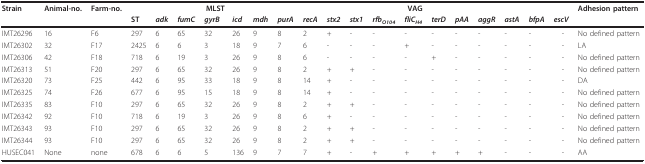
<table><thead><tr><td><b>Strain</b></td><td><b>Animal-no.</b></td><td><b>Farm-no.</b></td><td></td><td></td><td></td><td><b>MLST</b></td><td></td><td></td><td></td><td></td><td></td><td></td><td></td><td><b>VAG</b></td><td></td><td></td><td></td><td></td><td></td><td></td><td><b>Adhesion pattern</b></td></tr><tr><td></td><td></td><td></td><td><b>ST</b></td><td><b><i>adk</i></b></td><td><b><i>fumC</i></b></td><td><b><i>gyrB</i></b></td><td><b><i>icd</i></b></td><td><b><i>mdh</i></b></td><td><b><i>purA</i></b></td><td><b><i>recA</i></b></td><td><b><i>stx2</i></b></td><td><b><i>stx1</i></b></td><td><b><i>rfb<sub>O104</sub></i></b></td><td><b><i>fliC<sub>H4</sub></i></b></td><td><b><i>terD</i></b></td><td><b><i>pAA</i></b></td><td><b><i>aggR</i></b></td><td><b><i>astA</i></b></td><td><b><i>bfpA</i></b></td><td><b><i>escV</i></b></td><td></td></tr></thead><tbody><tr><td>IMT26296</td><td>16</td><td>F6</td><td>297</td><td>6</td><td>65</td><td>32</td><td>26</td><td>9</td><td>8</td><td>2</td><td>+</td><td>-</td><td>-</td><td>-</td><td>-</td><td>-</td><td>-</td><td>-</td><td>-</td><td>-</td><td>No defined pattern</td></tr><tr><td>IMT26302</td><td>32</td><td>F17</td><td>2425</td><td>6</td><td>6</td><td>3</td><td>18</td><td>9</td><td>7</td><td>6</td><td>-</td><td>-</td><td>-</td><td>+</td><td>-</td><td>-</td><td>-</td><td>-</td><td>-</td><td>-</td><td>LA</td></tr><tr><td>IMT26306</td><td>42</td><td>F18</td><td>718</td><td>6</td><td>19</td><td>3</td><td>26</td><td>9</td><td>8</td><td>6</td><td>-</td><td>-</td><td>-</td><td>-</td><td>+</td><td>-</td><td>-</td><td>-</td><td>-</td><td>-</td><td>No defined pattern</td></tr><tr><td>IMT26313</td><td>51</td><td>F20</td><td>297</td><td>6</td><td>65</td><td>32</td><td>26</td><td>9</td><td>8</td><td>2</td><td>+</td><td>+</td><td>-</td><td>-</td><td>-</td><td>-</td><td>-</td><td>-</td><td>-</td><td>-</td><td>No defined pattern</td></tr><tr><td>IMT26320</td><td>73</td><td>F25</td><td>442</td><td>6</td><td>95</td><td>33</td><td>18</td><td>9</td><td>8</td><td>14</td><td>+</td><td>-</td><td>-</td><td>-</td><td>-</td><td>-</td><td>-</td><td>-</td><td>-</td><td>-</td><td>DA</td></tr><tr><td>IMT26325</td><td>74</td><td>F26</td><td>677</td><td>6</td><td>95</td><td>15</td><td>18</td><td>9</td><td>8</td><td>14</td><td>+</td><td>-</td><td>-</td><td>-</td><td>-</td><td>-</td><td>-</td><td>-</td><td>-</td><td>-</td><td>No defined pattern</td></tr><tr><td>IMT26335</td><td>83</td><td>F10</td><td>297</td><td>6</td><td>65</td><td>32</td><td>26</td><td>9</td><td>8</td><td>2</td><td>+</td><td>+</td><td>-</td><td>-</td><td>-</td><td>-</td><td>-</td><td>-</td><td>-</td><td>-</td><td>No defined pattern</td></tr><tr><td>IMT26342</td><td>92</td><td>F10</td><td>718</td><td>6</td><td>19</td><td>3</td><td>26</td><td>9</td><td>8</td><td>6</td><td>+</td><td>-</td><td>-</td><td>-</td><td>-</td><td>-</td><td>-</td><td>-</td><td>-</td><td>-</td><td>No defined pattern</td></tr><tr><td>IMT26343</td><td>93</td><td>F10</td><td>297</td><td>6</td><td>65</td><td>32</td><td>26</td><td>9</td><td>8</td><td>2</td><td>+</td><td>+</td><td>-</td><td>-</td><td>-</td><td>-</td><td>-</td><td>-</td><td>-</td><td>-</td><td>No defined pattern</td></tr><tr><td>IMT26344</td><td>93</td><td>F10</td><td>297</td><td>6</td><td>65</td><td>32</td><td>26</td><td>9</td><td>8</td><td>2</td><td>+</td><td>+</td><td>-</td><td>-</td><td>-</td><td>-</td><td>-</td><td>-</td><td>-</td><td>-</td><td>No defined pattern</td></tr><tr><td>HUSEC041</td><td>None</td><td>none</td><td>678</td><td>6</td><td>6</td><td>5</td><td>136</td><td>9</td><td>7</td><td>7</td><td>+</td><td>-</td><td>+</td><td>+</td><td>+</td><td>+</td><td>+</td><td>-</td><td>-</td><td>-</td><td>AA</td></tr></tbody></table>